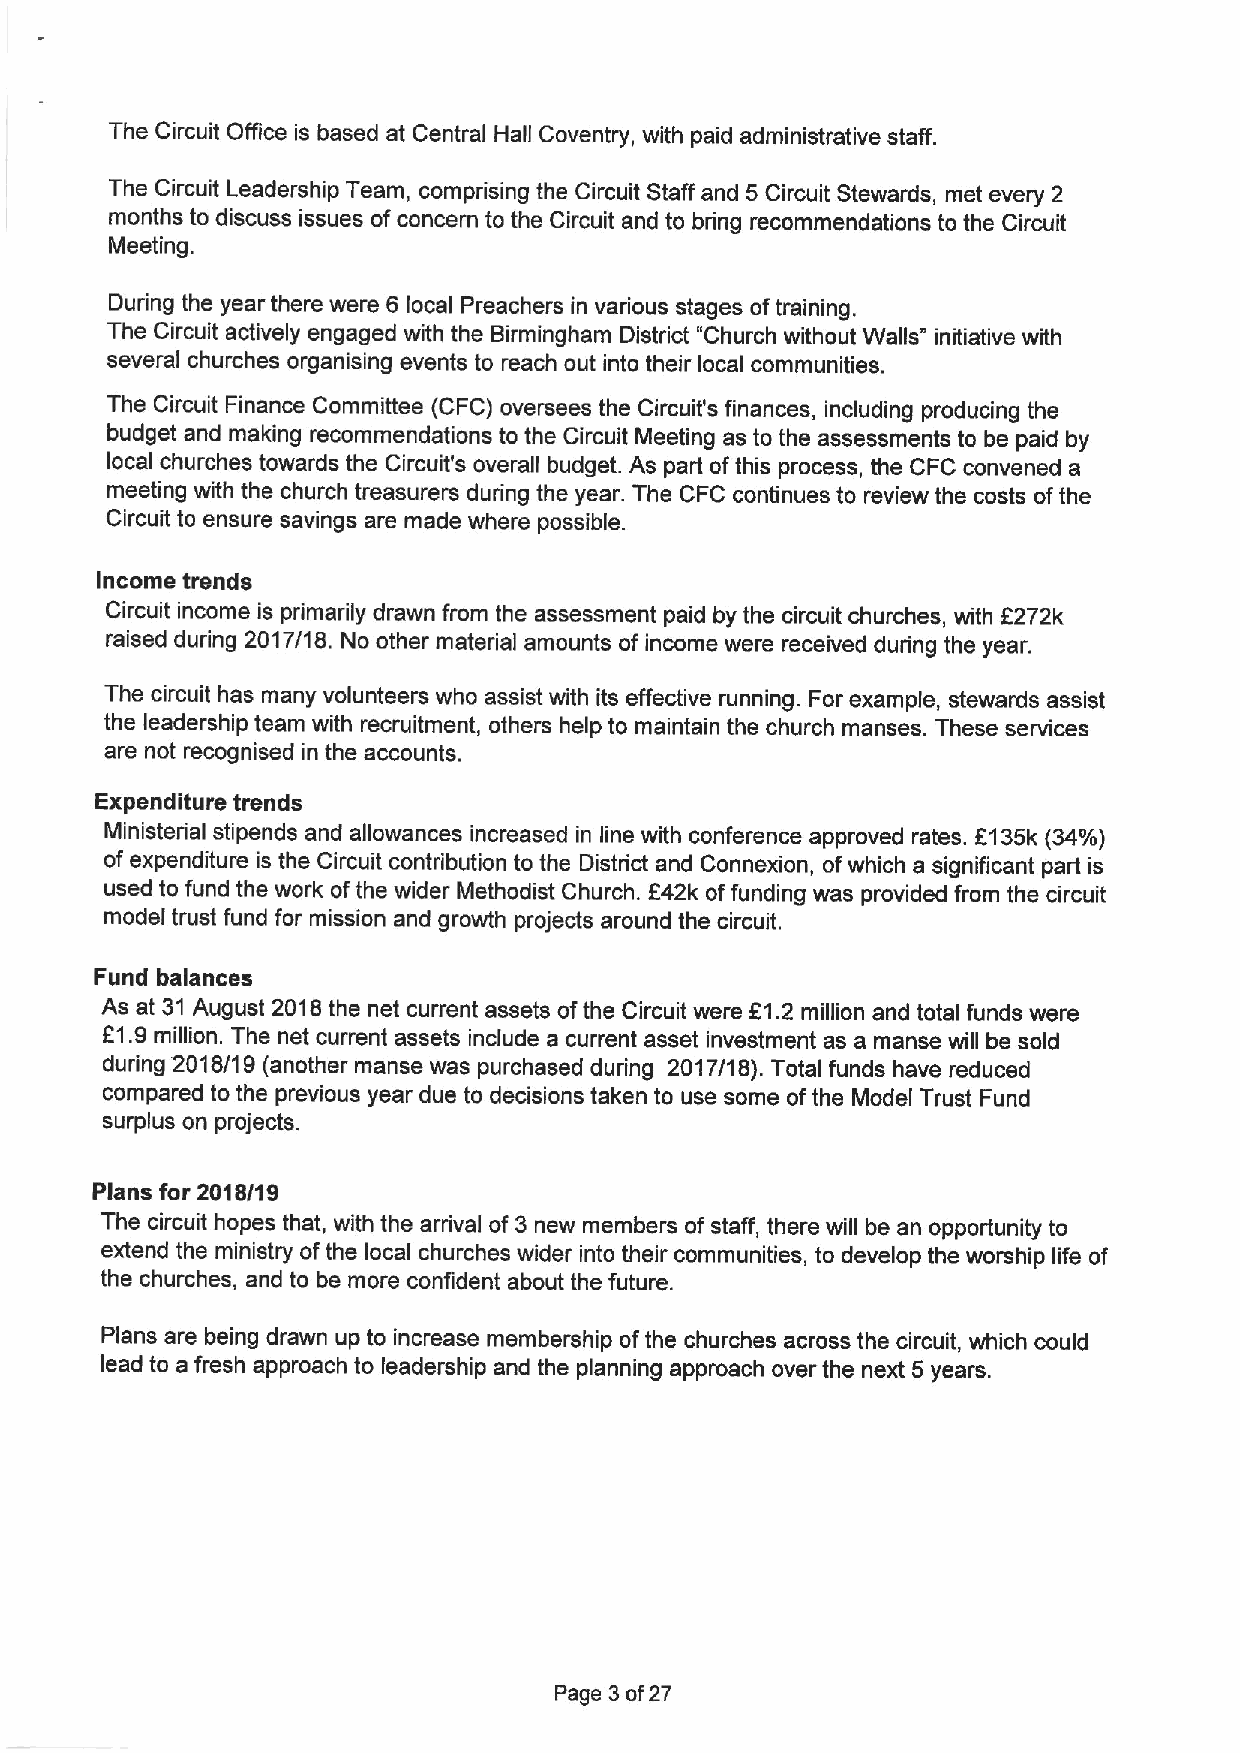
The Circuit Office is based at Central Hall Coventry, with paid administrative staff.
 The Circuit Leadership Team, comprising the Circuit Staff and 5 Circuit Stewards, met every 2
 months to discuss issues ofconcern to the Circuit and to bring recommendations to the Circuit
 Meeting.
 During the year there were 8 local Preachers in various stages oftraining.
 The Circuit actively engaged with the Birmingham District "Church without Walls" initiative with
 several churches organising events to reach out into their local communities.
 The Circuit Finance Committee (CFC) oversees the Circuit's finances, including producing the
 budget and making recommendations to the Circuit Meeting as to the assessments to be paid by
 local churches towards the Circuit's overall budget. As part ofthis process, the CFC convened a
 meeting with the church treasurers during the year. The CFC continues to review the costs ofthe
 Circuit to ensure savings are made where possible.
 Income trends
 Circuit income is primarily drawn from the assessment paid by the circuit churches, with R272k
 raised during 2017/18. No other material amounts of income were received during the year.
 The circuit has many volunteers who assist with its effective running. For example, stewards assist
 the leadership team with recruitment, others help to maintain the church manses. These services
 are not recognised in the accounts.
 Expenditure trends
 Ministerial stipends and allowances increased in line with conference approved rates. 8135k(34'/0)
 of expenditure is the Circuit contribution to the District and Connexion, ofwhich a significant part is
 used to fund the work ofthe wider Methodist Church. f42k offunding was provided from the circuit
 model trust fund for mission and growth projects around the circuit.
 Fund balances
 As at 31 August 2018the net current assets ofthe Circuit were f1. 2 million and total funds were
 81.9 million. The net current assets include a current asset investment as a manse will be sold
 during 2018/1 9 (another manse was purchased during 2017/18). Total funds have reduced
 compared to the previous year due to decisions taken to use some ofthe Model Trust Fund
 surplus on projects.
 Plans for 2018/19
 The circuit hopes that, with the arrival of 3 new members of staff, there will be an opportunity to
 extend the ministry ofthe local churches wider into their communities, to develop the worship life of
 the churches, and to be more confident about the future.
 Plans are being drawn up to increase membership ofthe churches across the circuit, which could
 lead to a fresh approach to leadership and the planning approach over the next 5 years.
 Page 3of27